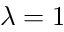
\lambda = 1